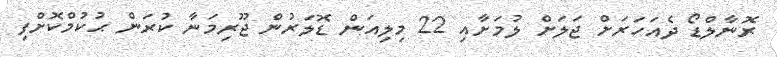
ރޮނާލްޑޯ ދެއަހަރަށް ޖަލަށް ލުމަށާއި 22 މިލިއަން ޑޮލަރުން ޖޫރިމަނާ ކުރަން ޙުކުމްކޮށްފި